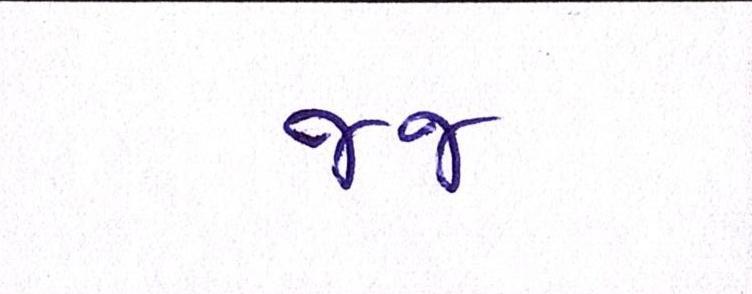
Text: જજ